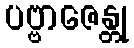
ပဗ္ဗာဇေန္တု